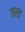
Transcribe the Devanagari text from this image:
त्रस्‍त